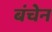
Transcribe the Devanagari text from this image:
बंचेन